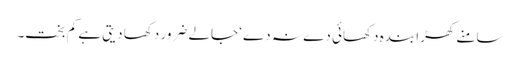
سامنے کھڑا بندہ دکھائی دے نہ دے‘ جالے ضرور دکھا دیتی ہے کم بخت۔